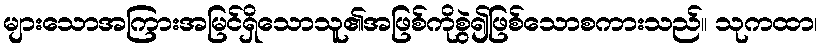
များသောအကြားအမြင်ရှိသောသူ၏အဖြစ်ကိုစွဲ၍ဖြစ်သောစကားသည်။ သုကထာ၊